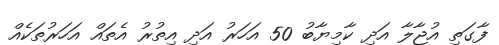
ފާގަތި އުޖާލާ އަދި ކާމިޔާބު 50 އަހަރު އަދި އިތުރު އެތައް އަހަރުތަކެއް